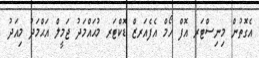
އެގޮތުން މިނިސްޓަރ އޮފް ހޯމް އެފެއަރޒް ޑޮކްޓަރ މުޙައްމަދު ޖަމީލް އަޙްމަދު މިއަދު